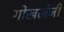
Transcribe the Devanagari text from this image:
गोखलेजी